Report of the Bombay Plague Committee
Disease focus: Plague
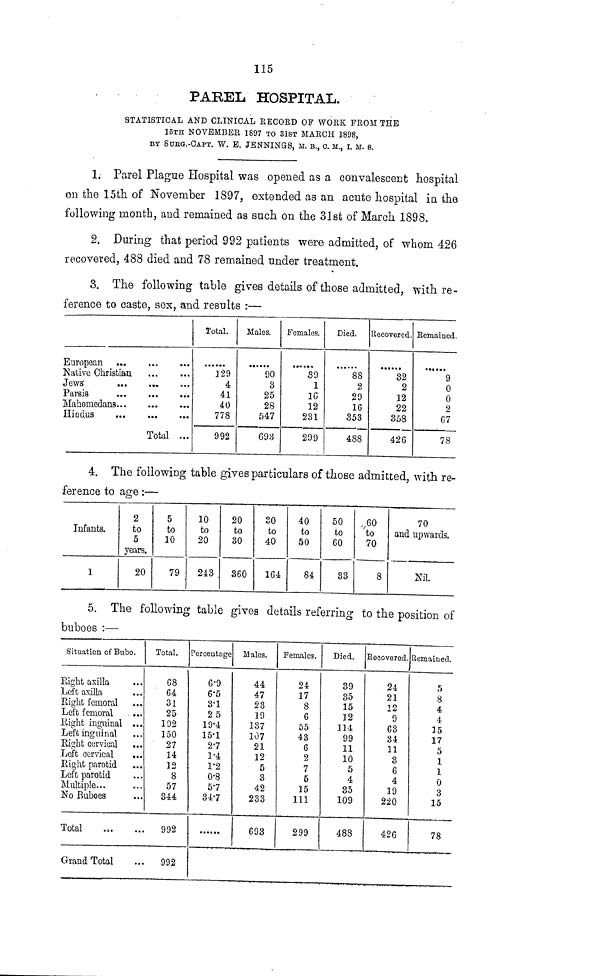
115
PAREL HOSPITAL.
STATISTICAL AND CLINICAL RECORD OF WORK FROM THE
15TH NOVEMBER 1897 TO 31ST MARCH 1898,
BY SURG.-CAPT. W. E. JENNINGS, M. B., C. M., I. M. S.
1. Parel Plague Hospital was opened as a convalescent hospital
on the 15th of November 1897, extended as an acute hospital in the
following month, and remained as such on the 31st of March 1898.
2. During that period 992 patients were admitted, of whom 426
recovered, 488 died and 78 remained under treatment.
3. The following table gives details of those admitted, with re-
ference to caste, sex, and results :—
European... ... ...
Native Christian
Jews
...
Parais
Mahomedans...
...
Hindus
Total ...
Total.
329
4
41
40
778
992
Males.
90
3
25
28
547
G93
Females.
39
1
16
12
231
299
Died.
88
2
29
16
353
488
Recovered,
32
2
12
22
358
426
Remained
9
0
0
2
67
78
4. The following table gives particulars of those admitted, with re-
ference to age :—
Infanta.
1
2
to
5
years.
20
5
to
10
79
10
to
20
243
20
to
30
360
30
to
40
164
40
to
50
84
50
to
60
33
60
to
70
8
70
and upwards.
Nil.
5. The following table gives details referring to the position of
buboes :—
Situation of Bubo.
Right axilla ...
Left axilla ...
Right femoral
Left femoral
...
Right inguinal ...
Left inguinal ...
Right cervical ...
Left cervical
...
Eight parotid ...
Left parotid ...
Multiple... ...
No Buboes ...
Total.
68
64
31
25
192
150
27
14
12
8
57
344
Total
...
... 992
Grand Total
...
992
Percentage
69
6·5
3·1
25
19·4
15·1
2·7
1·4
1·2
0·8
5·7
34·7
......
Males.
44
47
23
19
137
107
21
12
5
3
42
233
693
Females.
24
17
8
6
55
43
6
2
7
5
15
111
299
Died.
39
35
15
32
114
99
11
10
5
4
35
109
488
Recovered.
,
24
21
12
9
63
34
11
3
6
4
19
220
426
Remained.
5
8
4
4
15
17
5
1
1
0
3
15
78